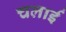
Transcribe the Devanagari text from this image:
चलार्इ